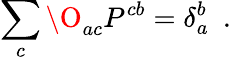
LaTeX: \sum_{c}\O_{ac}P^{cb}=\delta_{a}^{b}\ \ .